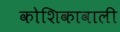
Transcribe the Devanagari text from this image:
कोशिकावाली